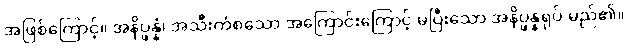
အဖြစ်ကြောင့်။ အနိပ္ဖန္နံ၊ အသီးကံစသော အကြောင်းကြောင့် မပြီးသော အနိပ္ဖန္နရုပ် မည်၏။